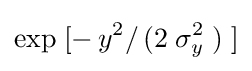
\exp \;[-\,y^{2}/\,(2\;\sigma _{y}^{2}\;)\;]